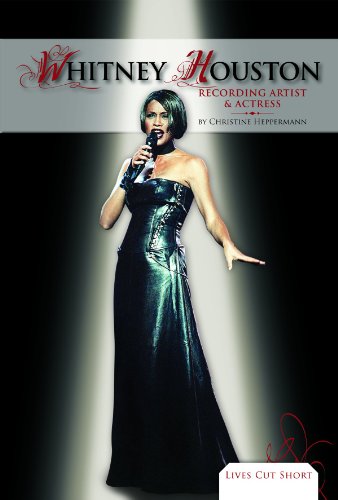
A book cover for Whitney Houston: Recording Artist & Actress (Lives Cut Short); Christine Heppermann; Teen & Young Adult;